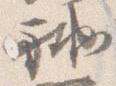
補